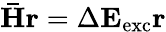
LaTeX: \mathbf{\bar{H}r}=\Delta\mathbf{E}_{\mathrm{exc}}\mathbf{r}